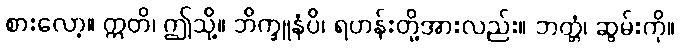
စားလော့။ ဣတိ၊ ဤသို့။ ဘိက္ခူနံပိ၊ ရဟန်းတို့အားလည်း။ ဘတ္တံ၊ ဆွမ်းကို။